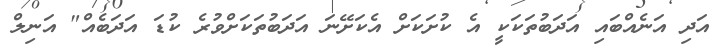
އަދި އަނެއްބައި އަދަބުތަކަކީ އެ ކުށަކަށް އެކަށޭނަ އަދަބުތަކަށްވުރެ ކުޑަ އަދަބެއް" އަނިލް